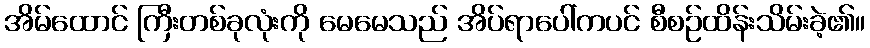
အိမ်ထောင် ကြီးတစ်ခုလုံးကို မေမေသည် အိပ်ရာပေါ်ကပင် စီစဉ်ထိန်းသိမ်းခဲ့၏။